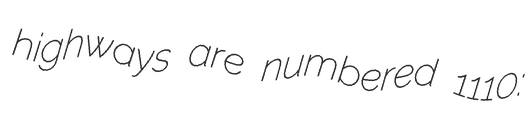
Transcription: highways are numbered 1110: